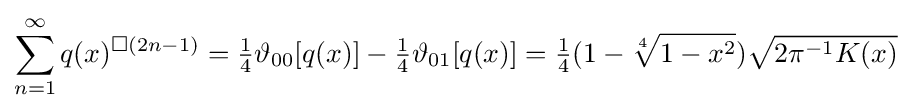
\sum _{n=1}^{\infty }q(x)^{\Box (2n-1)}={\tfrac {1}{4}}\vartheta _{00}[q(x)]-{\tfrac {1}{4}}\vartheta _{01}[q(x)]={\tfrac {1}{4}}(1-{\sqrt[{4}]{1-x^{2}}}){\sqrt {2\pi ^{-1}K(x)}}